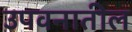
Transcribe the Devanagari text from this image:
उपवनातील